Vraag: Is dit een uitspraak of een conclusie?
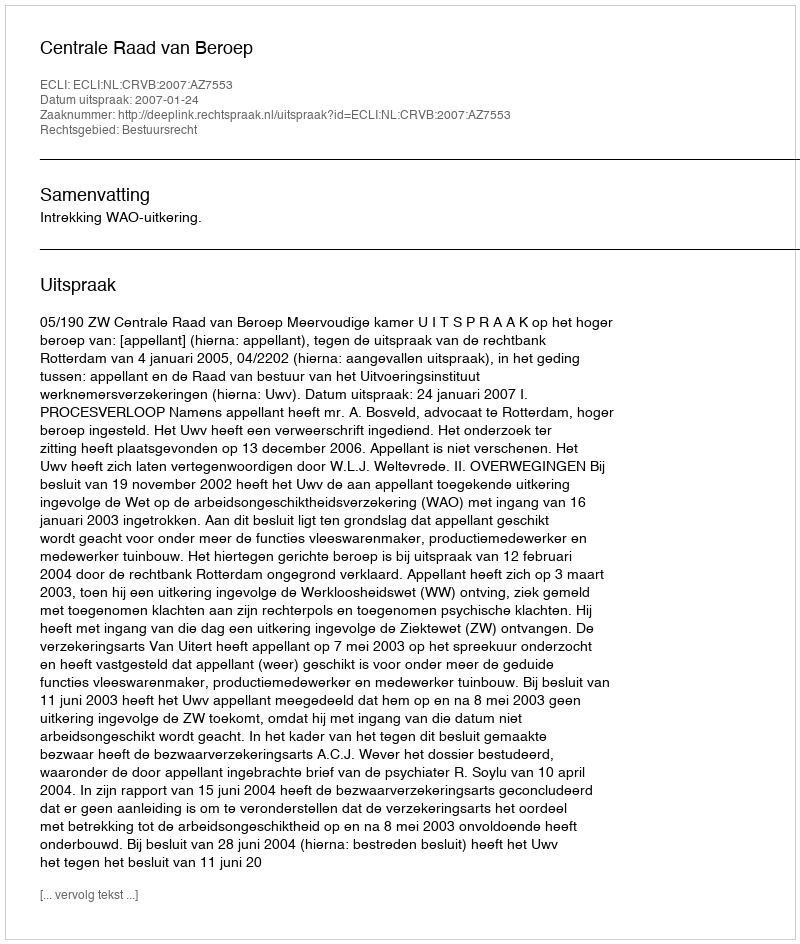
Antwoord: Uitspraak